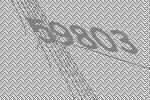
59803